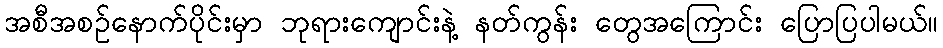
အစီအစဥ်နောက်ပိုင်းမှာ ဘုရားကျောင်းနဲ့ နတ်ကွန်း တွေအကြောင်း ပြောပြပါမယ်။